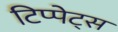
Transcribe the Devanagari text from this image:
टिप्‍पेट्स